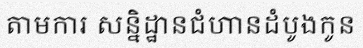
តាមការ សន្និដ្ឋានជំហានដំបូងកូន